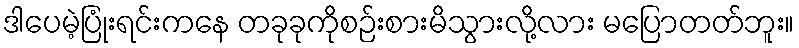
ဒါပေမဲ့ပြုံးရင်းကနေ တခုခုကိုစဉ်းစားမိသွားလို့လား မပြောတတ်ဘူး။